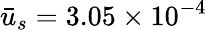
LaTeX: \bar{u}_{s}=3.05\times{10^{-4}}